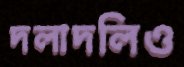
দলাদলিও